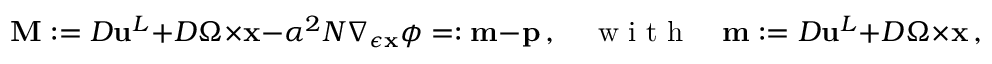
\mathbf { M } : = { D } { \mathbf { u } } ^ { L } + { D } \boldsymbol { \Omega } \times { \mathbf { x } } - \alpha ^ { 2 } N \nabla _ { \epsilon { \mathbf { x } } } \phi = : \mathbf { m } - \mathbf { p } \, , \quad \mathrm { ~ w ~ i ~ t ~ h ~ } \quad \mathbf { m } : = { D } { \mathbf { u } } ^ { L } + { D } \boldsymbol { \Omega } \times { \mathbf { x } } \, , \quad \mathrm { ~ a ~ n ~ d ~ } \quad \mathbf { p } : = \alpha ^ { 2 } N \nabla _ { \epsilon { \mathbf { x } } } \phi \, .